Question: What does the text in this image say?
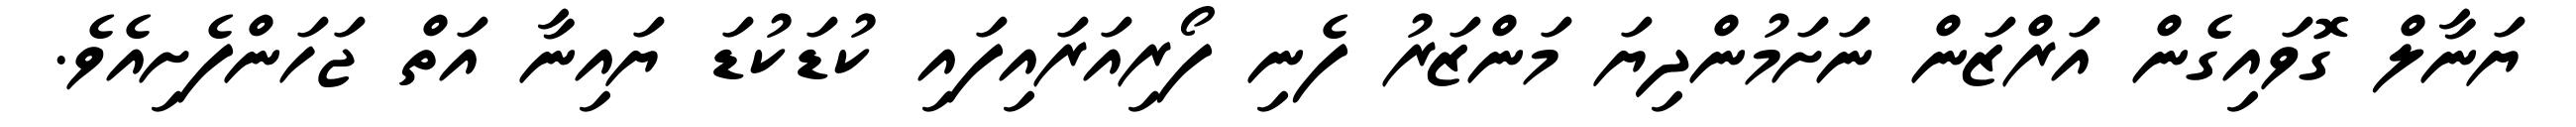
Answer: ޔަނާލް ގޮވައިގެން އަރްޒަން ނަށަމުންދިޔަ މަންޒަރު ފެނި ފޯރިއަރައިފައި ކުޑަކުޑަ ޔައިނާ އަތް ޖަހަންފެށިއެވެ.